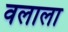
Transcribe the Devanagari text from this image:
वलाला